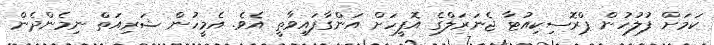
ކަމަށް ފުލުހުން ޕްރޮސިކިއުޓާ ޖެނަރަލްގެ އޮފީހަށް އަންގާފައިވާތީ އެވެ. އެމީހުން ޝަރިއަތް ނިމެންދެން